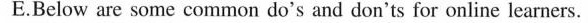
E.Below are some common do's and don'ts for online learners.